Vital statistics of India. Vol. V, Reports of 1876 on armies & jails and on epidemic cholera
Year: 1876
Disease focus: Cholera
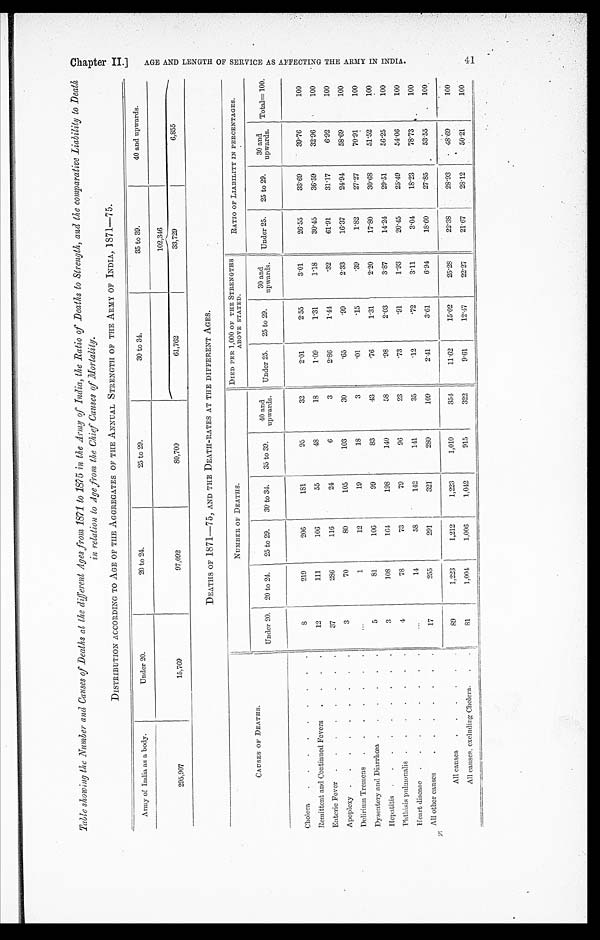
Table showing the Number and Causes of Deaths at the different Ages from 1871 to 1875 in the Army of India, the Ratio of Deaths to Strength, and the comparative Liability to Death
in relation to Age from the Chief Causes of Mortality.
DISTRIBUTION ACCORDING TO AGE OF THE AGGREGATES OF THE ANNUAL STRENGTH OF THE ARMY OF INDIA, 1871—75 .
Army of India as a body.
Under 20.
20 to 24.
25 to 29.
30 to 34.
35 to 39.
40 and upwards.
102,346
295,907
15,769
97,092
80,700
61,762
33,729
6,855
DEATHS OF 1871—75, AND THE DEATH-RATES AT THE DIFFERENT AGES.
CAUSES OF DEATHS.
NUMBER OF DEATHS.
DIED PER 1,000 OF THE STRENGTHS
ABOVE STATED.
RATIO OF LIABILITY IN PERCENTAGES.
Under 20.
20 to 24.
25 to 29.
30 to 34.
35 to 39.
40 and
upwards.
Under 25.
25 to 29.
30 and
upwards.
Under 25.
25 to 29.
30 and
upwards.
Total=100.
Cholera . . .
8
219
206
181
95
32
2.01
2.55
3.01
26.55
33.69
39.76
100
Remittent and Continued Fevers . . .
12
111
106
55
48
18
1.09
1.31
1.18
30.45
36.59
32.96
100
Enteric Fever . . .
37
286
116
24
6
3
2.86
1.44
.32
61.91
31.17
6.92
100
Apoplexy . . .
3
70
80
105
103
30
.65
.99
2.33
16.37
24.94
58.69
100
Delirium Tremens . . .
. . .
1
12
19
18
3
.01
.15
.39
1.82
27.27
70.91
100
Dysentery and Diarrhœa . . .
5
81
106
99
83
43
.76
1.31
2.20
17.80
30.68
51.52
100
Hepatitis . . .
3
108
164
198
140
58
.98
2.03
3.87
14.24
29.51
56.25
100
Phthisis pulmonalis . . .
4
78
73
79
96
23
.73
.91
1.93
20.45
25.49
54.06
100
Heart disease . . .
. . .
14
58
142
141
35
.12
.72
3.11
3.04
18.23
78.73
100
All other causes
. . .
17
255
291
321
280
109
2.41
3.61
6.94
18.60
27.85
53.55
100
All causes . . .
89
1,223
1,212
1,223
1,010
354
11.62
15.02
25.28
22.38
28.93
48.69
100
All causes, excluding Cholera . . .
81
1,004
1,006
1,042
915
322
9.61
12.47
22.27
21.67
28.12
50.21
100
Chapt er II. ]
A G E A N D L E N G T H O F S E R V I C E A S A F F E C T I N G T H E A R M Y I N I N D I A . 4 1